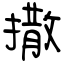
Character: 撒